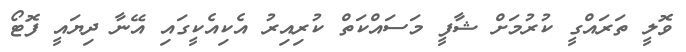
ވޮލީ ތަރައްގީ ކުރުމަށް ޝާފީ މަސައްކަތް ކުރިއިރު އެކިއެކީގައި އޭނާ ދިޔައީ ފޮޓޯ